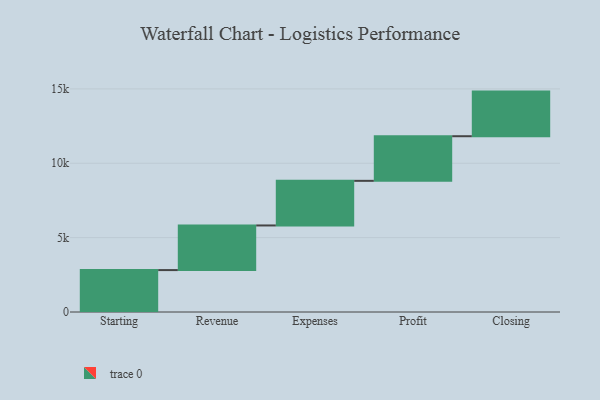
{"axis": {"x": "Step", "y": "Value"}, "legend": [""], "data": [{"x": "Starting", "y": 2818.0, "type": ""}, {"x": "Revenue", "y": 3000, "type": ""}, {"x": "Expenses", "y": 3000, "type": ""}, {"x": "Profit", "y": 3000, "type": ""}, {"x": "Closing", "y": 3000, "type": ""}]}